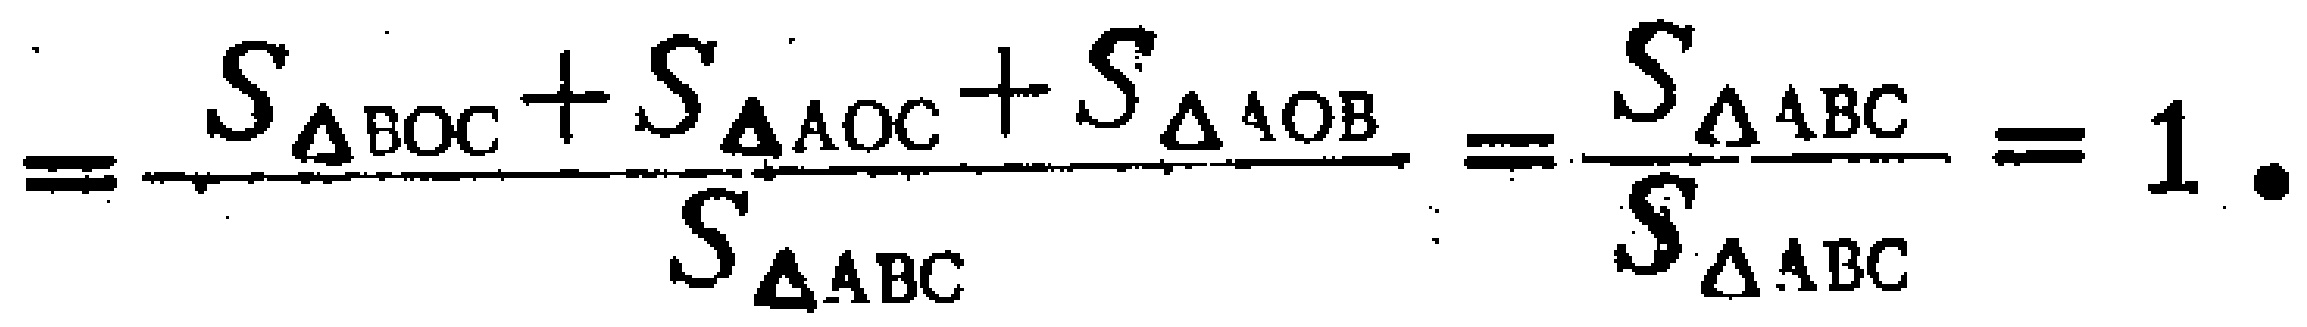
\[=\frac{S_{\triangle BOC}+S_{\triangle AOC}+S_{\triangle AOB}}{S_{\triangle ABC}}=\frac{S_{\triangle ABC}}{S_{\triangle ABC}} = 1.\]